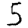
Digit: 5